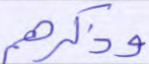
وذكرهم